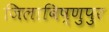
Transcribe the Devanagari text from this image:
जिलाबिष्णुपुर